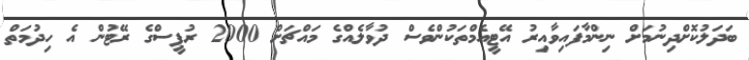
ބަދަލުކޮށްދިނުމަށް ނިންމާފައިވާއިރު އޭޓީއެމްތަކުންވެސް ދުވާލެއްގެ މައްޗަށް 2000 ރުޕީސްގެ ރޭޓުން އެ ހިދުމަތް